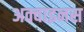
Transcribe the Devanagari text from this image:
अक्वाइनस